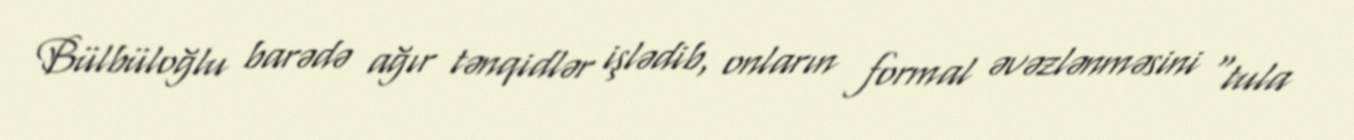
Bülbüloğlu barədə ağır tənqidlər işlədib, onların formal əvəzlənməsini “tula